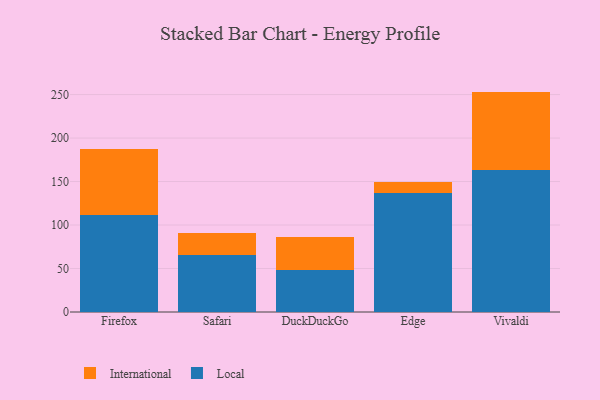
{"axis": {"x": "Browser", "y": "Backlog"}, "legend": ["International", "Local"], "data": [{"x": "Firefox", "y": 111.7, "type": "Local"}, {"x": "Firefox", "y": 75.5, "type": "International"}, {"x": "Safari", "y": 65.9, "type": "Local"}, {"x": "Safari", "y": 24.9, "type": "International"}, {"x": "DuckDuckGo", "y": 48.5, "type": "Local"}, {"x": "DuckDuckGo", "y": 37.7, "type": "International"}, {"x": "Edge", "y": 137.0, "type": "Local"}, {"x": "Edge", "y": 12.7, "type": "International"}, {"x": "Vivaldi", "y": 163.0, "type": "Local"}, {"x": "Vivaldi", "y": 90.4, "type": "International"}]}